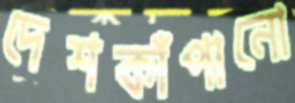
দেশকাঁপানো